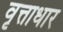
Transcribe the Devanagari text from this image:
वृत्ताधार